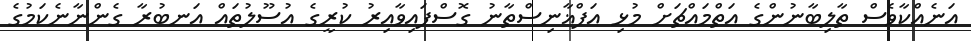
އަނެއްކާވެސް ތާލިބާނުންގެ އަތްމައްޗަށް މުޅި އަފްޣާނިސްތާނު ގޮސްފައިވާއިރު ކުރީގެ އުސޫލުތައް އަނބުރާ ގެންނާނެކަމުގެ